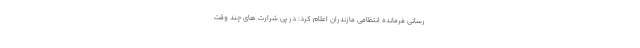
رسانی فرمانده انتظامی مازندران اعلام کرد: در پی شرارت های چند وقت